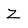
Character: Z